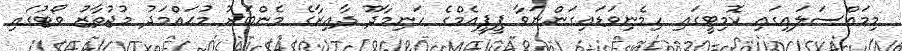
މިމައްސަލައިގައި ކޮމިޓީގައި ހިމެނިވަޑައިގަންނަވާ ޕީޕީއެމްގެ ހަނިމާދޫ ދާއިރާގެ މެންބަރު މުޙައްމަދު މުޖުތާޒު ވޯޓުގައި